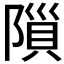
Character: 𨻨